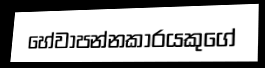
හේවාපන්නකාරයකුගේ